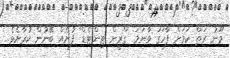
މޫނު ރަތް ކަމަށް ފާހަގަ ވާނަމަ "ގްރީން ޓިންޓެޑް" ފުށެއް ބޭނުން ކުރާށެވެ.